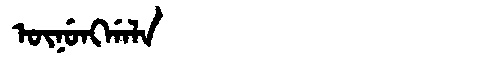
Manchu: ᡡᠨᡠᠩᡤᠠᠯᠠ
Romanization: ŪNUNGGALA